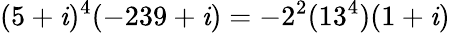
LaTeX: (5+\mathit{i})^{4}(-239+\mathit{i})=-2^{2}(13^{4})(1+\mathit{i})